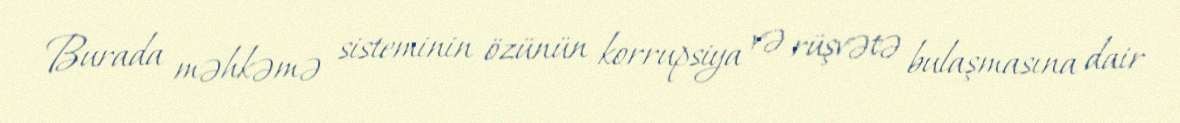
Burada məhkəmə sisteminin özünün korrupsiya və rüşvətə bulaşmasına dair